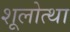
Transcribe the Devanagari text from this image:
शूलोत्था